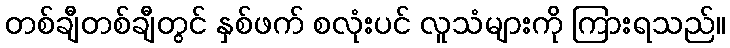
တစ်ချီတစ်ချီတွင် နှစ်ဖက် စလုံးပင် လူသံများကို ကြားရသည်။